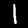
Label: 1